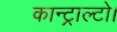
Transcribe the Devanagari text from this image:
कान्ट्राल्टो।